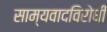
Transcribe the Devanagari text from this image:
साम्यवादविरोधी